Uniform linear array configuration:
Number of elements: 12
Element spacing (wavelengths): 0.25
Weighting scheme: binomial
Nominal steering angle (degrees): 0
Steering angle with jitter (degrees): -0.9699
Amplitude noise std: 0.05
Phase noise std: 0.05

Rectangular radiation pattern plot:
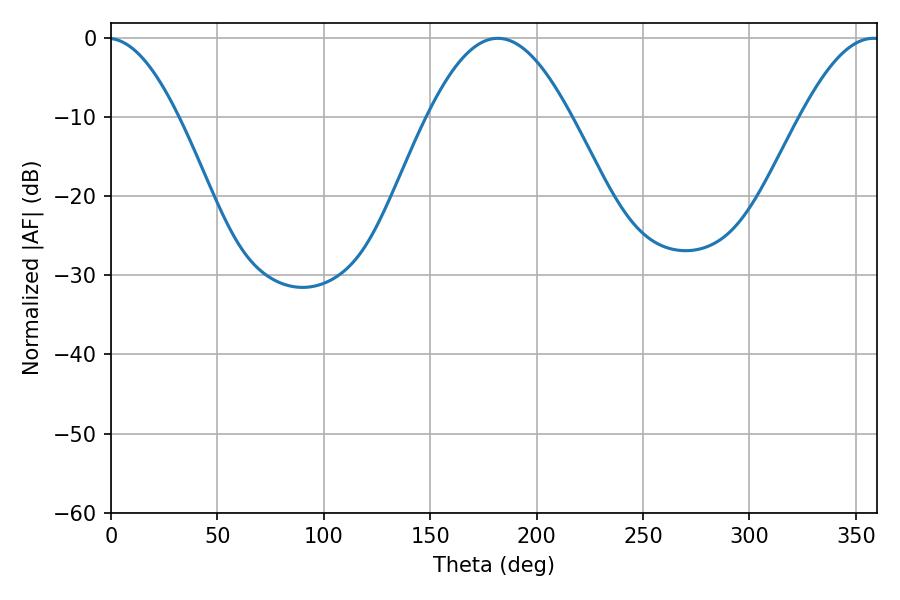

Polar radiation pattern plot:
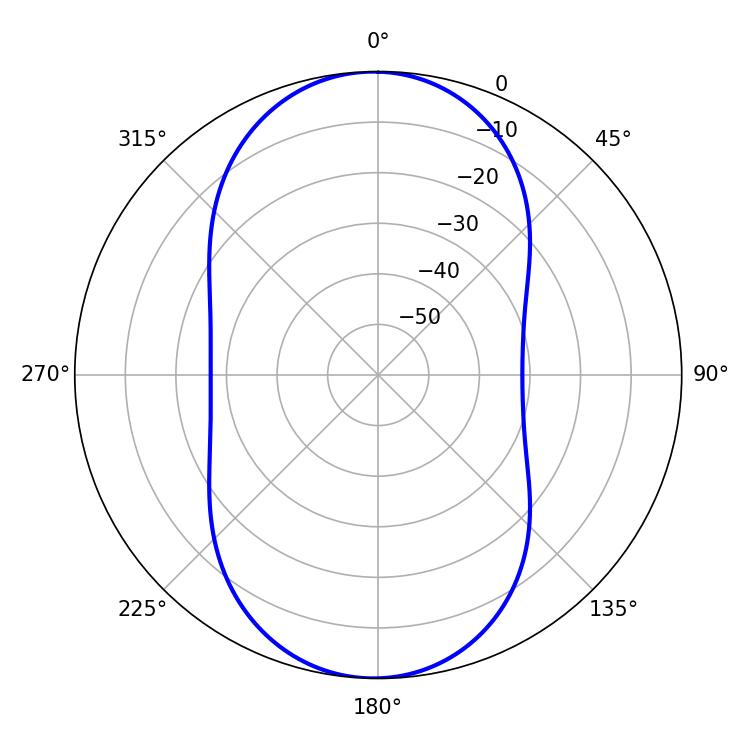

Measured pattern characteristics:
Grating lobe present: FALSE
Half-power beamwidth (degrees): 36.54
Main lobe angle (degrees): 181.8